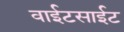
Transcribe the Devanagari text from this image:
वाईटसाईट